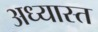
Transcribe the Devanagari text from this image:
अध्यास्त